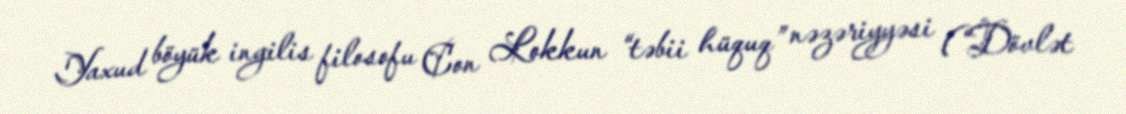
Yaxud böyük ingilis filosofu Con Lokkun “təbii hüquq” nəzəriyyəsi (“Dövlət